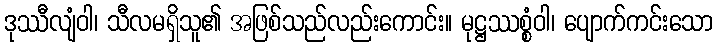
ဒုဿီလျံဝါ၊ သီလမရှိသူ၏ အဖြစ်သည်လည်းကောင်း။ မုဋ္ဌဿစ္စံဝါ၊ ပျောက်ကင်းသော